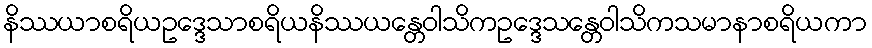
နိဿယာစရိယဥဒ္ဒေသာစရိယနိဿယန္တေဝါသိကဥဒ္ဒေသန္တေဝါသိကသမာနာစရိယကာ